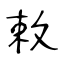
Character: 敕